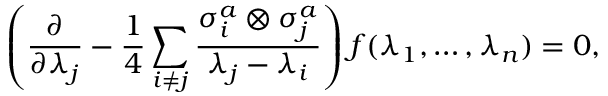
\left( { \frac { \partial } { \partial \lambda _ { j } } } - { \frac { 1 } { 4 } } \sum _ { i \neq j } { \frac { \sigma _ { i } ^ { a } \otimes \sigma _ { j } ^ { a } } { \lambda _ { j } - \lambda _ { i } } } \right) f ( \lambda _ { 1 } , \ldots , \lambda _ { n } ) = 0 ,